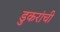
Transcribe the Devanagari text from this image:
डुकरांची